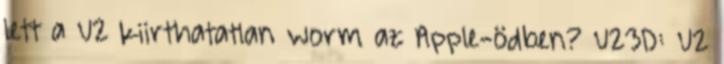
lett a U2 kiirthatatlan worm az Apple-ödben? U23D: U2